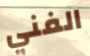
الفني